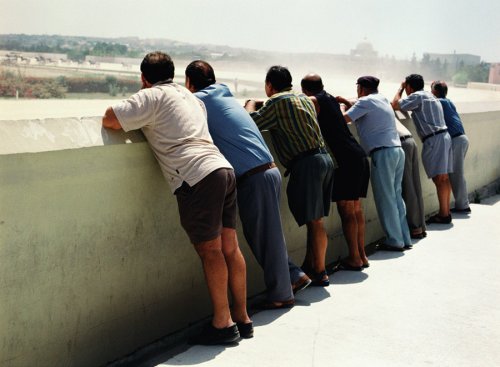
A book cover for Amelia Troubridge: Maltese Stories; Amelia Troubridge; Travel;